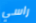
راسي